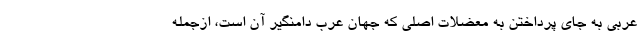
عربی به جای پرداختن به معضلات اصلی که جهان عرب دامنگیر آن است، ازجمله